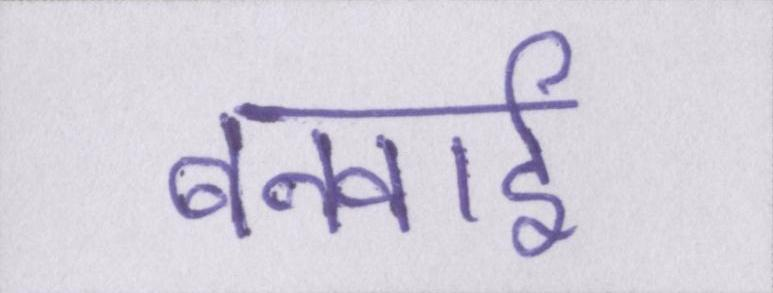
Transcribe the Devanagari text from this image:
बनवाई